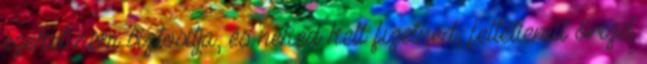
ezeket nem biztosítja, és neked kell fizetned, feltétlenül őrizd